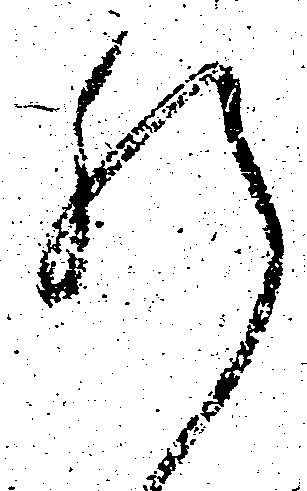
肝